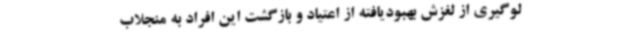
لوگیری از لغزش بهبودیافته از اعتیاد و بازگشت این افراد به منجلاب